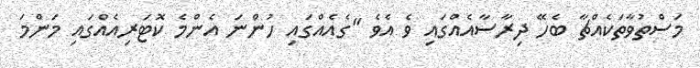
މަސްތުވާތަކެއްޗާ ބެހޭ ދިރާސާއެއްގައި ވެ އެވެ "ގެއެއްގައި ހުންނަ އެންމެ ކޮޓަރިއެއްގައި މަންމަ